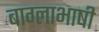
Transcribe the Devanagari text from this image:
बाग्लाभाषी